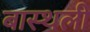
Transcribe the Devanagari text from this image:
बास्थली